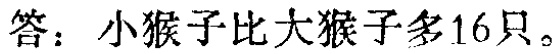
答：小猴子比大猴子多16只。